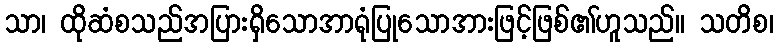
သာ၊ ထိုဆံစသည်အပြားရှိသောအာရုံပြုသောအားဖြင့်ဖြစ်၏ဟူသည်။ သတိစ၊